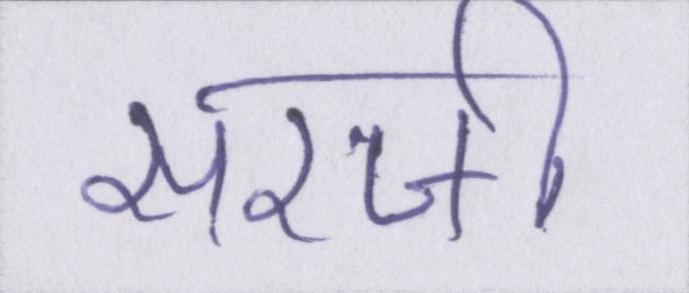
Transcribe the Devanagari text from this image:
सरजी